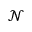
\mathcal { N }